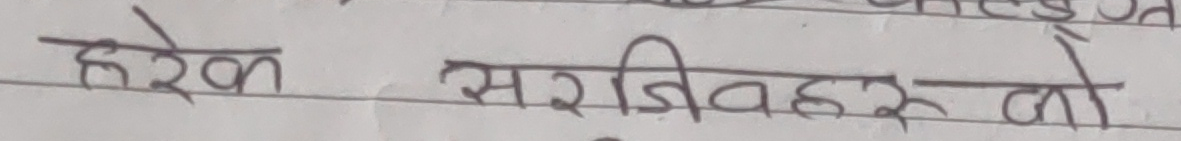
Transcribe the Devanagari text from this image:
हरेक सरजिवहरु लो